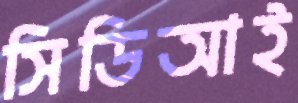
সিডিআই